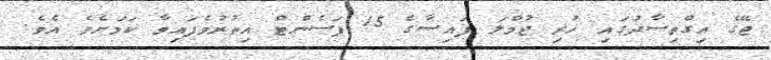
ޖޭގެ އިގްތިސާދުގައި ހުރި ޖުމްލަ ފައިސާގެ 15 ޕަސެންޓް އިތުރުވެފައިވާ ކަމަށެވެ އެވެ.